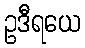
ဥဒီရယေ